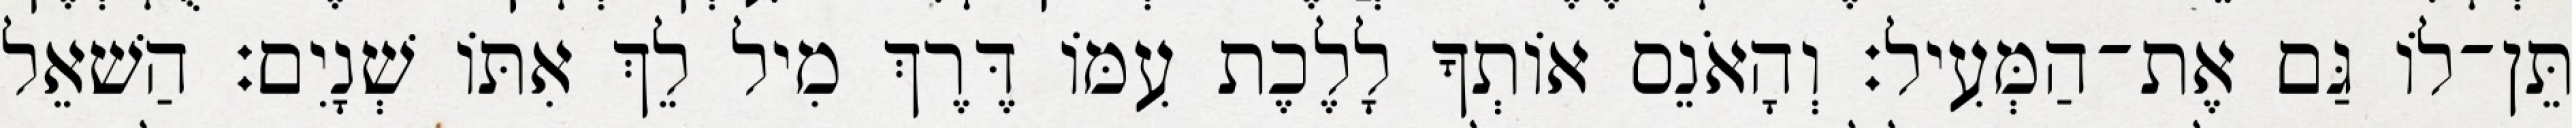
תֵּן־לוֹ גַּם אֶת־הַמְּעִיל׃ וְהָאֹנֵס אוֹתְךָ לָלֶכֶת עִמּוֹ דֶּרֶךְ מִיל לֵךְ אִתּוֹ שְׁנָיִם׃ הַשׁאֵל